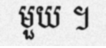
មួយ ។